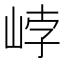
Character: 㟑